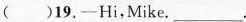
( )19,——Hi,Mike. ___ .